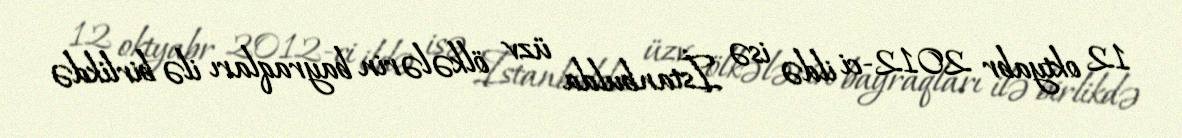
12 oktyabr 2012-ci ildə isə İstanbulda üzv ölkələrin bayraqları ilə birlikdə